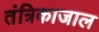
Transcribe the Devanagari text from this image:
तंत्रिकाजाल